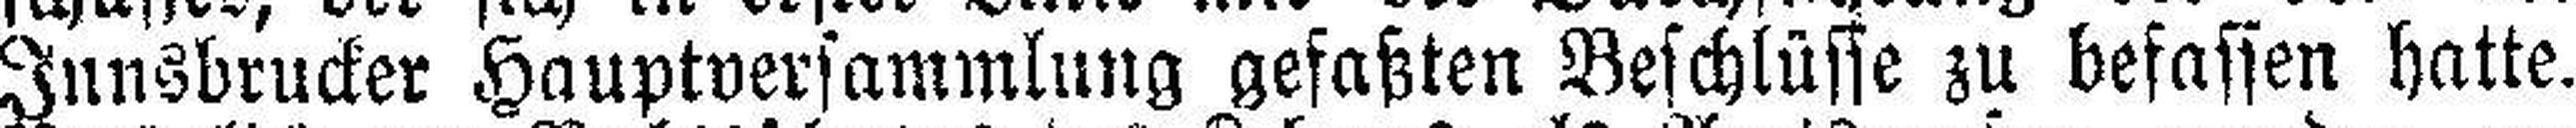
Innsbrucker Hauptversammlung gefaßten Beschlüsse zu befassen hatte.